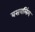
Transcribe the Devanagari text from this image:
बसवलिंग